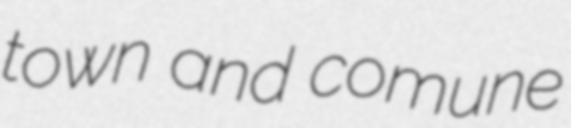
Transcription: town and comune